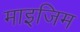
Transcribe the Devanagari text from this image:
माइजिम